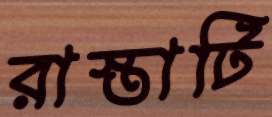
রাস্তাটি